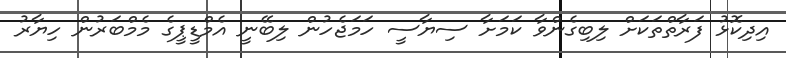
އިދިކޮޅު ފަރާތްތަކަށް ލިބިގެންވާ ކަމަށާ ސިޔާސީ ހަމަޖެހުން ލިބޭނީ އެމްޑީޕީގެ މެމްބަރުން ހިޔާރު